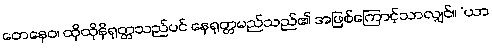
တေနေဝ၊ ထိုထိုနိရုတ္တသည်ပင် နေရုတ္တမည်သည်၏ အဖြစ်ကြောင့်သာလျှင်။ “ယာ